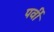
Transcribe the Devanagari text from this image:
पर्वी